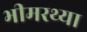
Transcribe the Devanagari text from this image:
भीमरथ्या